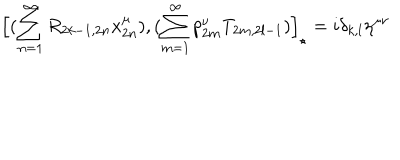
\Big [ ( \sum _ { n = 1 } ^ { \infty } R _ { 2 k - 1 , 2 n } x _ { 2 n } ^ { \mu } ) , ( \sum _ { m = 1 } ^ { \infty } p _ { 2 m } ^ { \nu } T _ { 2 m , 2 l - 1 } ) \Big ] _ { \star } = i \delta _ { k , l } \eta ^ { \mu \nu }